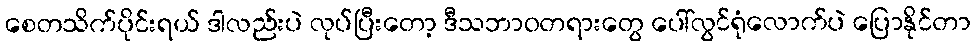
စေတသိက်ပိုင်းရယ် ဒါလည်းပဲ လုပ်ပြီးတော့ ဒီသဘာဝတရားတွေ ပေါ်လွင်ရုံလောက်ပဲ ပြောနိုင်တာ